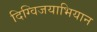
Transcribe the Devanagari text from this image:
दिग्विजयाभियान